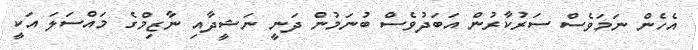
އެހެން ނަމަވެސް ސަރުކާރުން އަބަދުވެސް ބުނަމުން ދަނީ ނަޝީދާއި ނާޒިމްގެ މައްސަލަ އަކީ